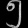
Digit: ၅